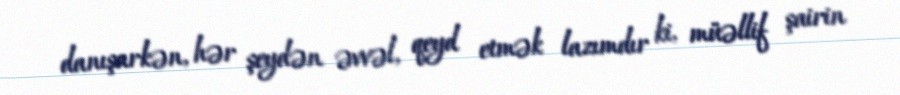
danışarkən, hər şeydən əvvəl, qeyd etmək lazımdır ki, müəllif şairin